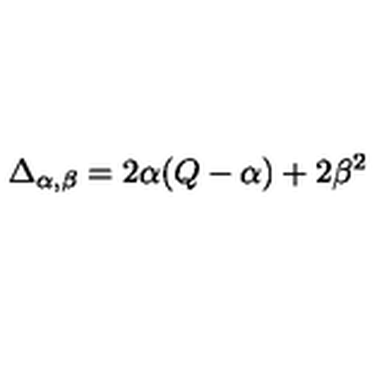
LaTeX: \Delta _ { \alpha , \beta } = 2 \alpha ( Q - \alpha ) + 2 \beta ^ { 2 }